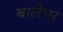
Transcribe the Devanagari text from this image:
बालेघर